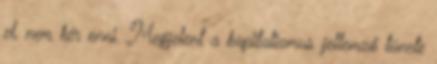
el, nem kér enni. Megjelent a kapitalizmus jellemző tünete